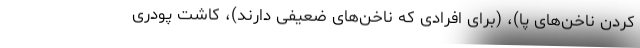
کردن ناخن‌های پا)، (برای افرادی که ناخن‌های ضعیفی دارند)، کاشت پودری